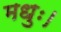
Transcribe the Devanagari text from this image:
मधुः।